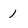
Character: 1